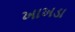
ખાખડા